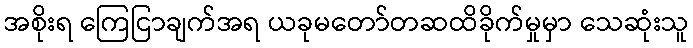
အစိုးရ ကြေငြာချက်အရ ယခုမတော်တဆထိခိုက်မှုမှာ သေဆုံးသူ